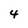
Character: 4